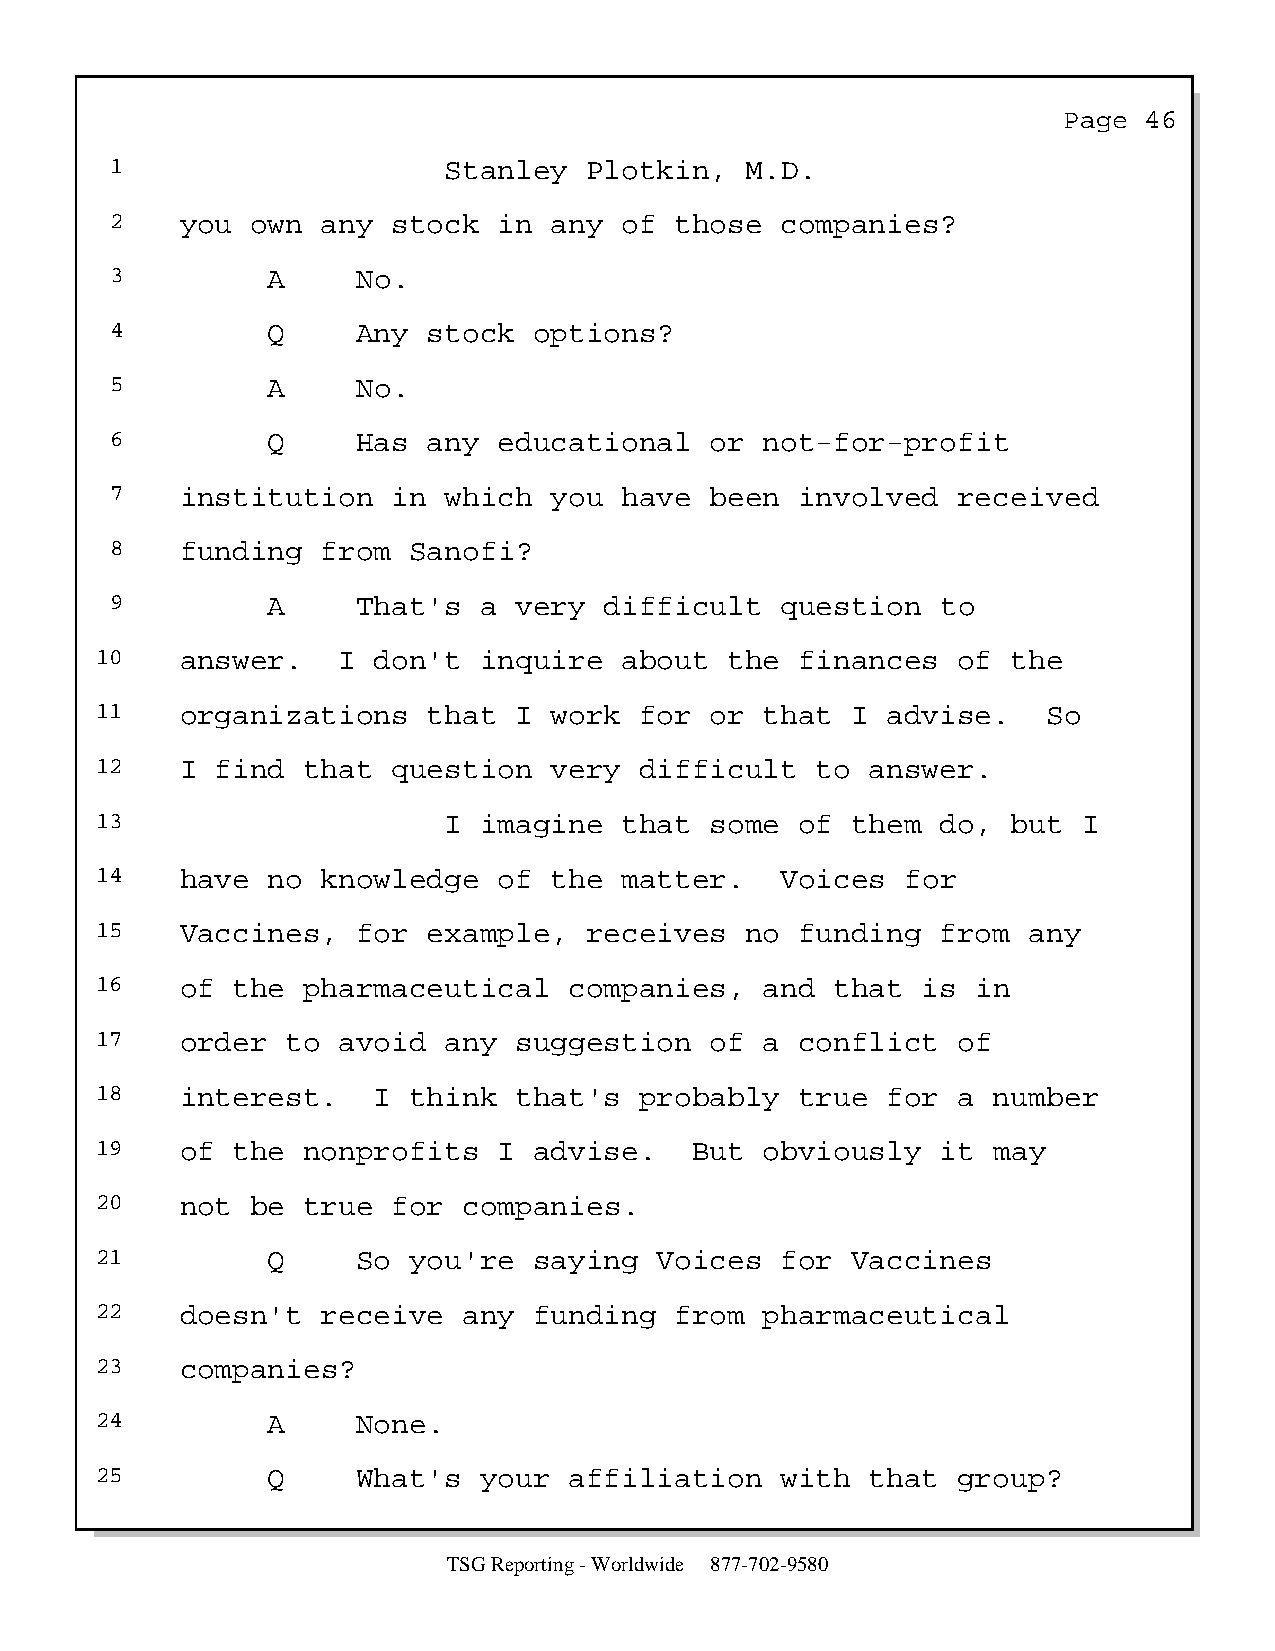
Page  46
 1                     Stanley   Plotkin,  M.D.
 2    you  own any  stock  in any  of  those  companies?
 3          A     No.
 4          Q     Any stock  options?
 5          A     No.
 6          Q     Has any  educational   or  not-for-profit
 7    institution   in which  you  have  been  involved  received
 8    funding  from  Sanofi?
 9          A     That's  a very  difficult   question  to
 10    answer.   I  don't  inquire  about  the  finances  of  the
 11    organizations   that  I work  for  or  that I  advise.   So
 12    I find  that  question  very  difficult   to  answer.
 13                     I  imagine  that  some  of them  do,  but  I
 14    have  no knowledge   of the  matter.    Voices  for
 15    Vaccines,   for example,   receives  no  funding  from  any
 16    of the  pharmaceutical    companies,   and that  is  in
 17    order  to avoid  any  suggestion   of  a conflict  of
 18    interest.    I think  that's  probably   true  for a  number
 19    of the  nonprofits   I advise.    But  obviously  it  may
 20    not  be true  for  companies.
 21          Q     So you're  saying   Voices  for Vaccines
 22    doesn't  receive   any funding   from  pharmaceutical
 23    companies?
 24          A     None.
 25          Q     What's  your  affiliation   with  that group?
 TSG Reporting - Worldwide 877-702-9580